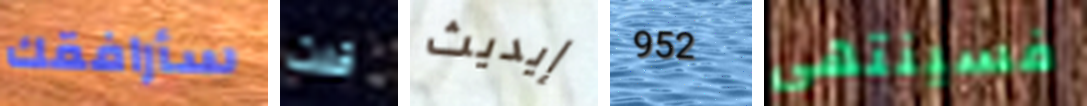
سأرافقك قلت إيديث 952 فسينتهي